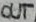
Text: OUT